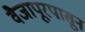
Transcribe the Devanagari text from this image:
वैजापूरपासून